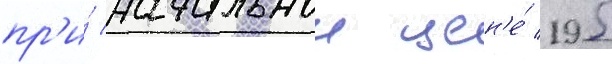
пр'и́ начальнои цен'е́ 195